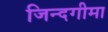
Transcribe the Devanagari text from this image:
जिन्दगीमा